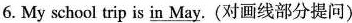
6. My school trip is \underline{in May} .(对画线部分提问)